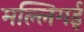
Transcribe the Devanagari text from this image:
मल्लिगई